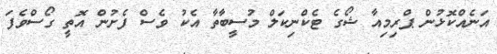
އަނެއްކޮޅުން ޕްރިމިއާ ޝޯގެ ޓެކްނިކަލް މުސީބާތާ އެކު ވެސް ފެށުން އޮތީ ގޯސްވެފަ